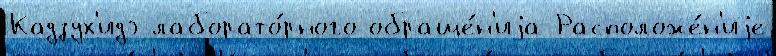
Кадзух'идэ лаборато́рного обраще́н'иjа Расположе́н'иjе